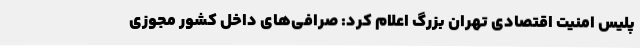
پلیس امنیت اقتصادی تهران بزرگ اعلام کرد: صرافی‌های داخل کشور مجوزی